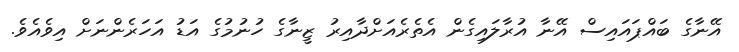
އޭނާގެ ބައްޕައައިސް އޭނާ އުރާލައިގެން އެތެރެއަށްދާއިރު ޒީނާގެ ހުނުމުގެ އަޑު އަހަރެންނަށް އިވެއެވެ.